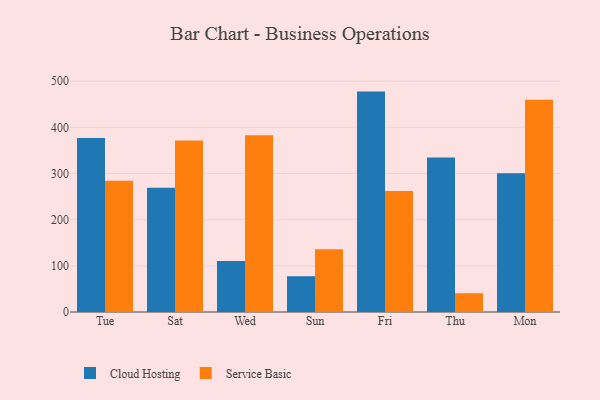
{"axis": {"x": "Day", "y": "Churn Rate (%)"}, "legend": ["Cloud Hosting", "Service Basic"], "data": [{"x": "Tue", "y": 377.0, "type": "Cloud Hosting"}, {"x": "Tue", "y": 284.2, "type": "Service Basic"}, {"x": "Sat", "y": 269.0, "type": "Cloud Hosting"}, {"x": "Sat", "y": 371.3, "type": "Service Basic"}, {"x": "Wed", "y": 110.2, "type": "Cloud Hosting"}, {"x": "Wed", "y": 382.8, "type": "Service Basic"}, {"x": "Sun", "y": 77.5, "type": "Cloud Hosting"}, {"x": "Sun", "y": 136.1, "type": "Service Basic"}, {"x": "Fri", "y": 477.4, "type": "Cloud Hosting"}, {"x": "Fri", "y": 262.1, "type": "Service Basic"}, {"x": "Thu", "y": 334.9, "type": "Cloud Hosting"}, {"x": "Thu", "y": 40.7, "type": "Service Basic"}, {"x": "Mon", "y": 300.5, "type": "Cloud Hosting"}, {"x": "Mon", "y": 459.6, "type": "Service Basic"}]}